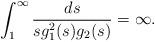
LaTeX: \begin{align*} \int_1^\infty \frac{ds}{s g_1^2(s)g_2(s)} =\infty.\end{align*}